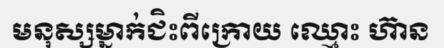
មនុស្សម្នាក់ជិះពីក្រោយ ឈ្មោះ ហ៊ាន